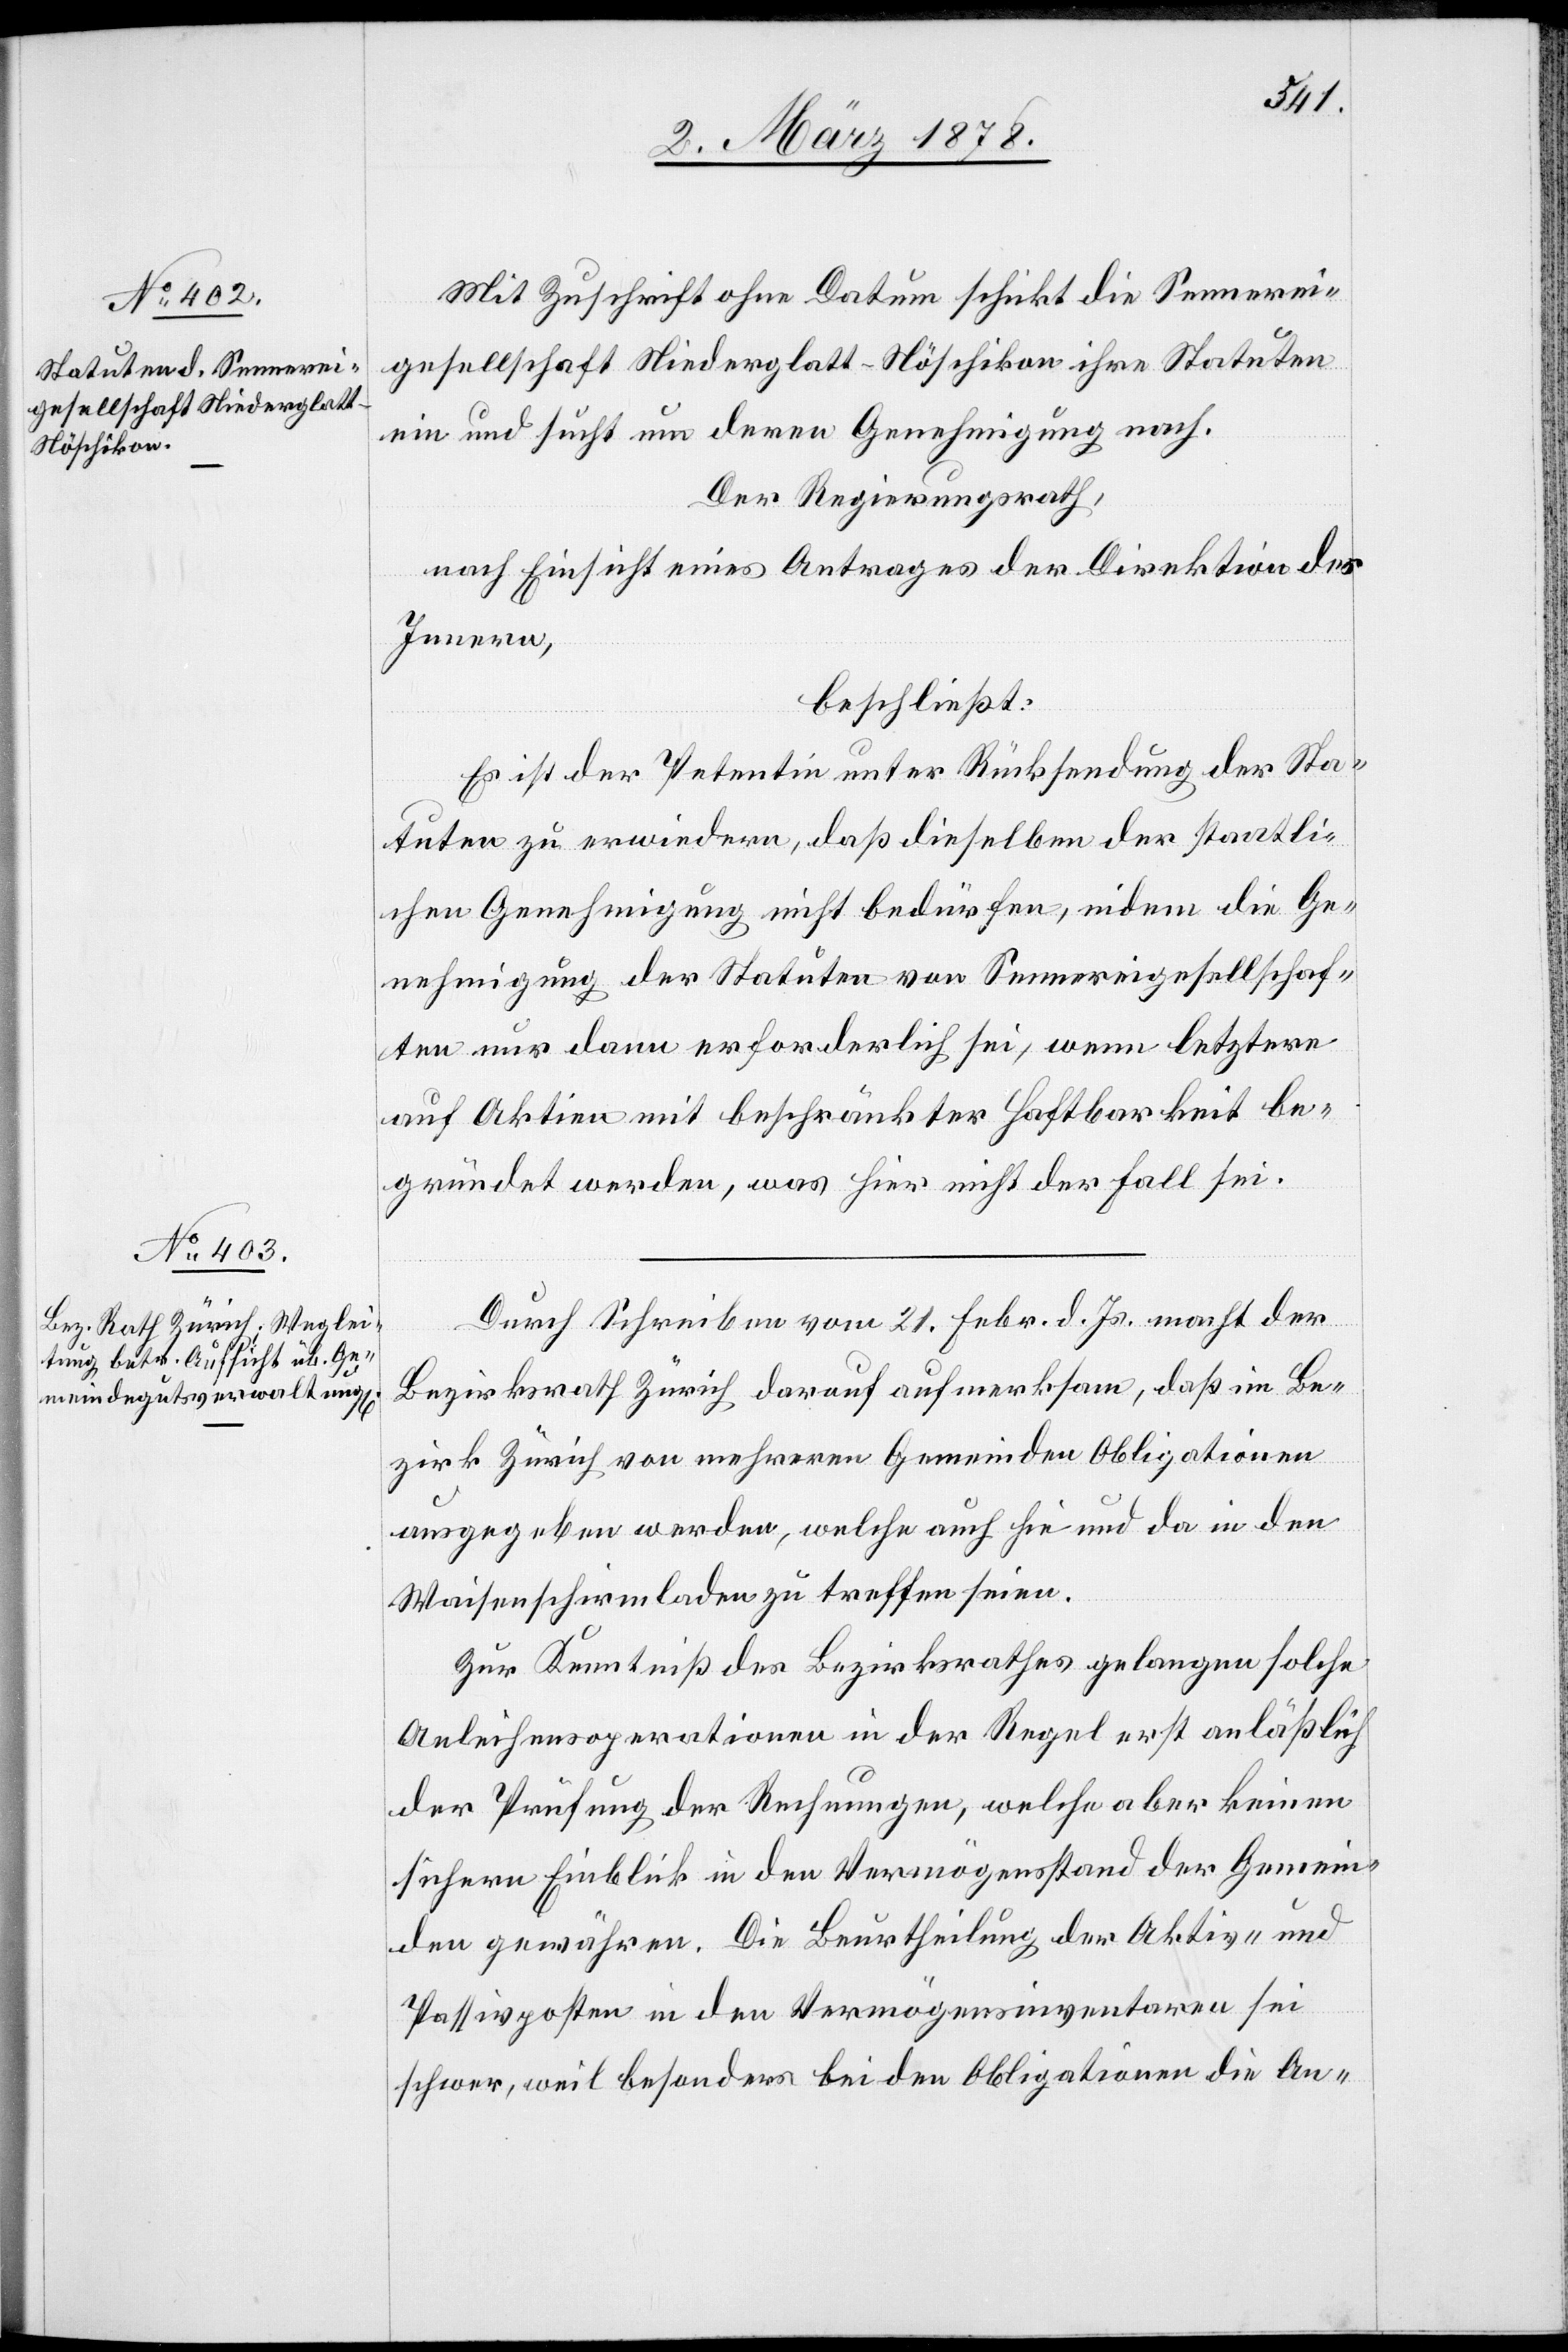
Mit Zuschrift ohne Datum schickt die Sennerei¬
gesellschaft Niederglatt-Nöschikon ihre Statuten
ein und sucht um deren Genehmigung nach.
Der Regierungsrath,
nach Einsicht eines Antrages der Direktion des
Innern,
beschließt:
Es ist der Petentin unter Rücksendung der Sta¬
tuten zu erwiedern, daß dieselben der staatli¬
chen Genehmigung nicht bedürfen, indem die Ge¬
nehmigung der Statuten von Sennereigesellschaf¬
ten nur dann erforderlich sei, wenn letztere
auf Aktien mit beschränkter Haftbarkeit be¬
gründet werden, was hier nicht der Fall sei.
Durch Schreiben vom 21. Febr. d. Js. macht der
Bezirksrath Zürich darauf aufmerksam, daß im Be¬
zirk Zürich von mehreren Gemeinden Obligationen
ausgegeben werden, welche auch hie und da in den
Waisenschirmladen zu treffen seien.
Zur Kenntniß des Bezirksrathes gelangen solche
Anleihenoperationen in der Regel erst anlässlich
der Prüfung der Rechnungen, welche aber keinen
sichern Einblick in den Vermögensstand der Gemein¬
den gewähren. Die Beurtheilung der Aktiv- und
Passivposten in den Vermögensinventaren sei
schwer, weil besonders bei den Obligationen die An-